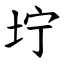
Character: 坾